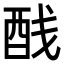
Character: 𬪨